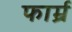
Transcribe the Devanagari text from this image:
फार्म्र